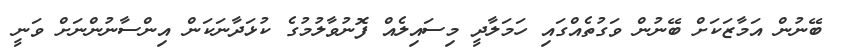
ބޭނުން އަމާޒަކަށް ބޭނުން ވަގުތެއްގައި ހަމަލާދީ މިސައިލެއް ފޮނުވާލުމުގެ ކުޅަދާނަކަން އިންސާނުންނަށް ވަނީ